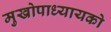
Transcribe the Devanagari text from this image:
मुखोपाध्यायको